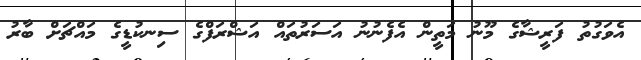
އެވަގުތު ފަރީޝާގެ މޫނު މަތީން އެފެނުނު އަސަރުތައް އަޝްރަފްގެ ސިނކުޑީގެ މައްޗަށް ބާރު